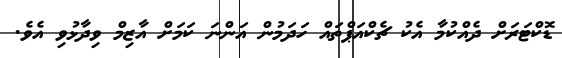
ޑޮކްޓަރަށް ދެއްކުމާ އެކު ޗެކްއަޕްތައް ހަދަމުން އަންނަ ކަމަށް އާޒިމް ވިދާޅުވި އެވެ.